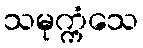
သမုက္ကံသေ